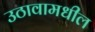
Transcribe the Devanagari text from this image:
उठावामधील